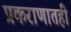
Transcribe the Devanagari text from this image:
प्रकराणातही